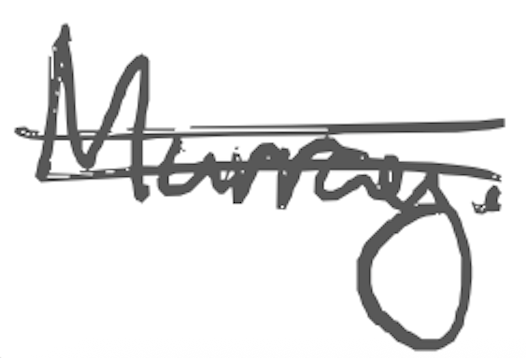
Text: Murray.
Cross-out: double-line
Writing tool: digital_gray